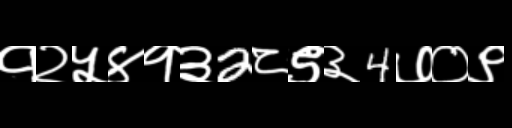
Text: १२५४१३2८९३4७०९